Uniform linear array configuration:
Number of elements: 32
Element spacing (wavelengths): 1
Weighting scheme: hamming
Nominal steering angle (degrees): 30
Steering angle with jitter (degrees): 30.67
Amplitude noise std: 0.05
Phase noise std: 0.05

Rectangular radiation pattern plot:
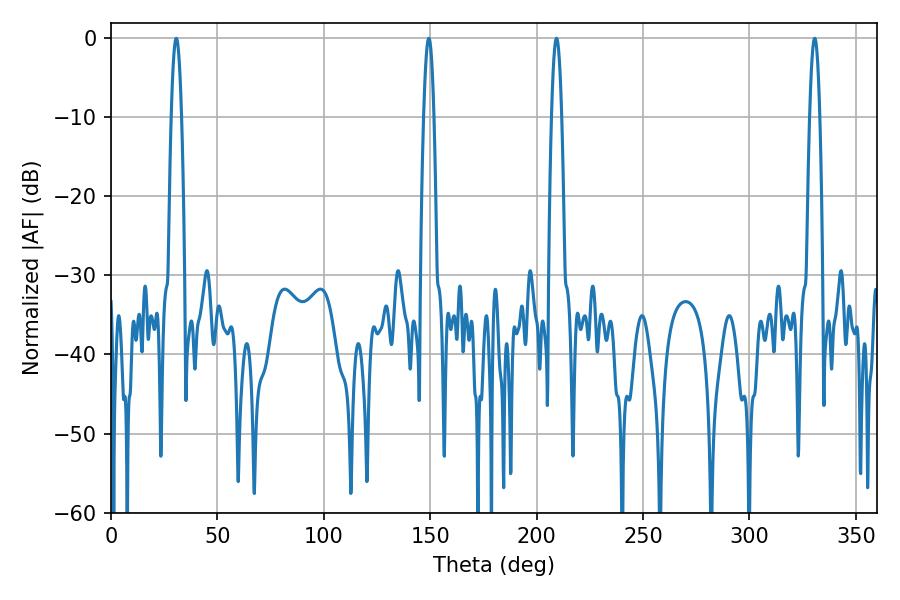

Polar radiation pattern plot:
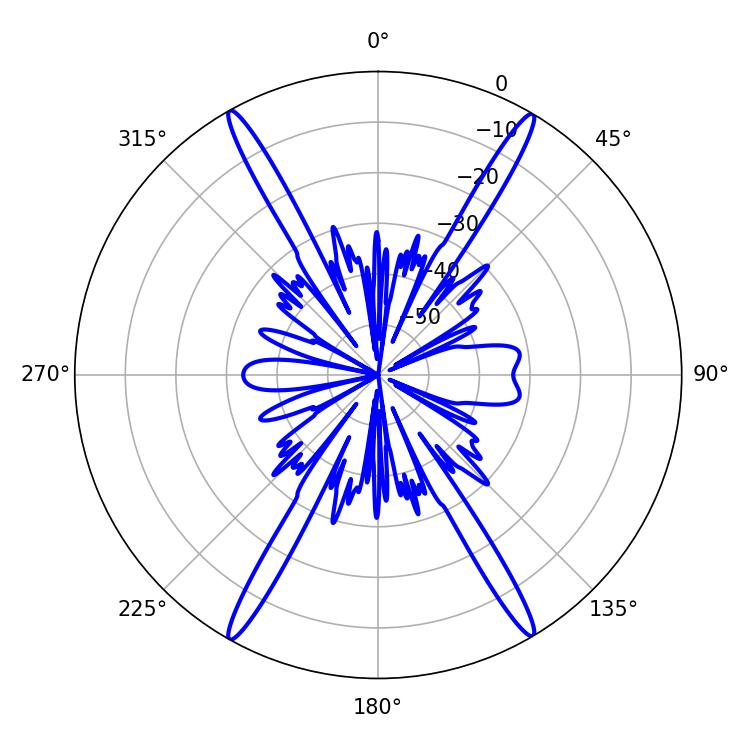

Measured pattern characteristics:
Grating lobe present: TRUE
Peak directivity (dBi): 28.419
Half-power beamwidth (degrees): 2.52
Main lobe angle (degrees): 209.34